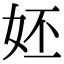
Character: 㚰